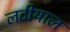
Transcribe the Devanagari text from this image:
लटीयाल